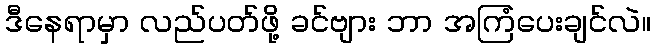
ဒီနေရာမှာ လည်ပတ်ဖို့ ခင်ဗျား ဘာ အကြံပေးချင်လဲ။